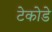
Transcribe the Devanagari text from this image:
टेकोडे